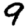
Digit: 9